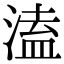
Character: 溘